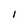
Character: I